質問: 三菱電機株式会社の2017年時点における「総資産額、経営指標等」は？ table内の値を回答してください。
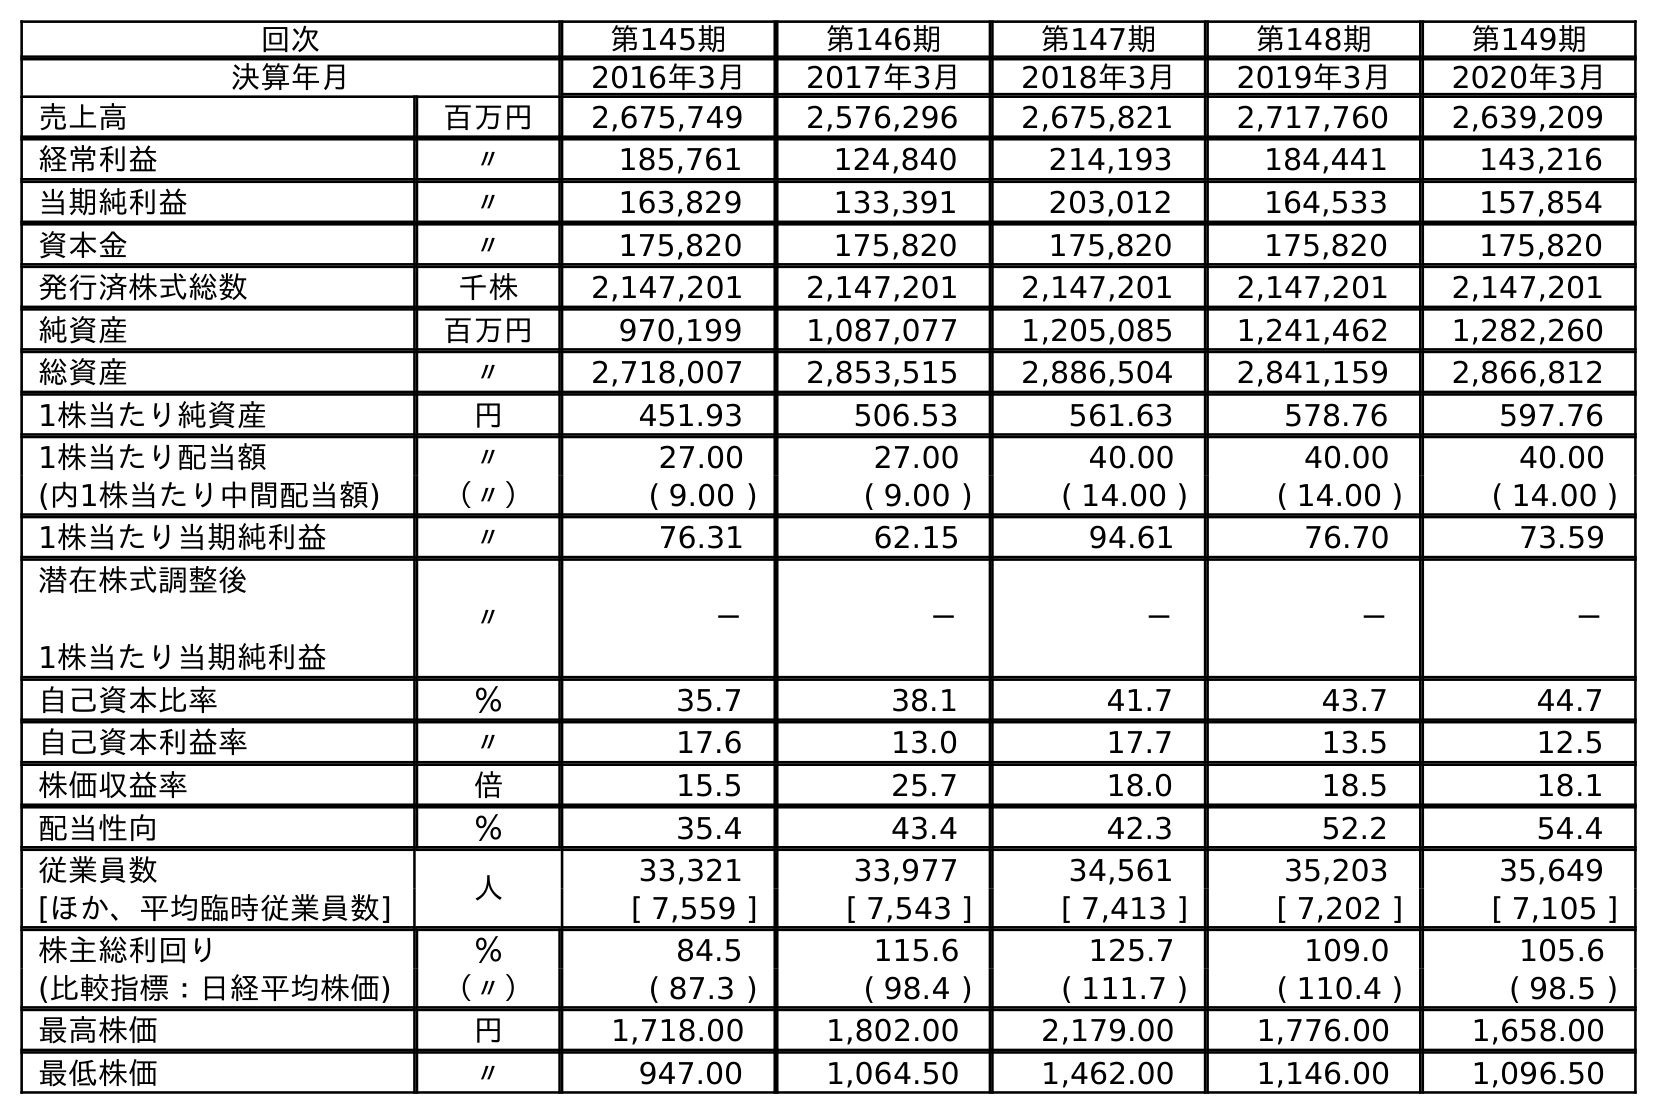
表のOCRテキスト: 回次 第145期 第146期 第147期 第148期 第149期 決算年月 2016年3月 2017年3月 2018年3月 2019年3月 2020年3月 売上高 百万円 2,675,749 2,576,296 2,675,821 2,717,760 2,639,209 経常利益 〃 185,761 124,840 214,193 184,441 143,216 当期純利益 〃 163,829 133,391 203,012 164,533 157,854 資本金 〃 175,820 175,820 175,820 175,820 175,820 発行済株式総数 千株 2,147,201 2,147,201 2,147,201 2,147,201 2,147,201 純資産 百万円 970,199 1,087,077 1,205,085 1,241,462 1,282,260 総資産 〃 2,718,007 2,853,515 2,886,504 2,841,159 2,866,812 1株当たり純資産 円 451.93 506.53 561.63 578.76 597.76 1株当たり配当額 〃 27.00 27.00 40.00 40.00 40.00 (内1株当たり中間配当額) （〃） ( 9.00 ) ( 9.00 ) ( 14.00 ) ( 14.00 ) ( 14.00 ) 1株当たり当期純利益 〃 76.31 62.15 94.61 76.70 73.59 潜在株式調整後 1株当たり当期純利益 〃 － － － － － 自己資本比率 ％ 35.7 38.1 41.7 43.7 44.7 自己資本利益率 〃 17.6 13.0 17.7 13.5 12.5 株価収益率 倍 15.5 25.7 18.0 18.5 18.1 配当性向 ％ 35.4 43.4 42.3 52.2 54.4 従業員数 人 33,321 33,977 34,561 35,203 35,649 [ほか、平均臨時従業員数] [ 7,559 ] [ 7,543 ] [ 7,413 ] [ 7,202 ] [ 7,105 ] 株主総利回り ％ 84.5 115.6 125.7 109.0 105.6 (比較指標：日経平均株価) （〃） ( 87.3 ) ( 98.4 ) ( 111.7 ) ( 110.4 ) ( 98.5 ) 最高株価 円 1,718.00 1,802.00 2,179.00 1,776.00 1,658.00 最低株価 〃 947.00 1,064.50 1,462.00 1,146.00 1,096.50
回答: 2,853,515